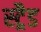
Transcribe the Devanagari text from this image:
स्ट्रैड